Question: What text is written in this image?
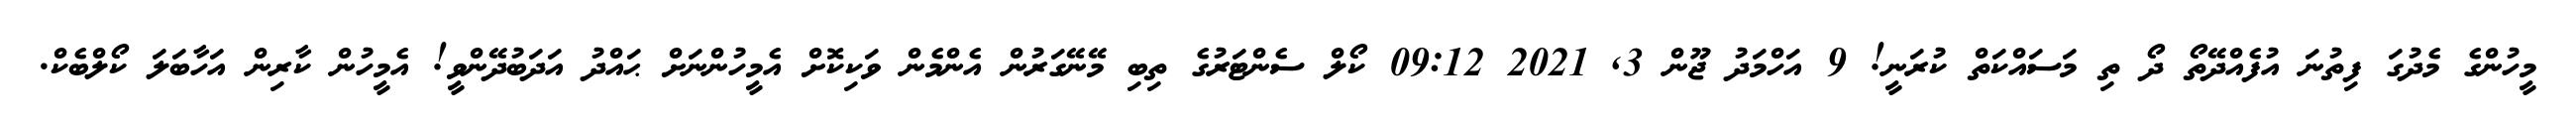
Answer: މީހުންގެ މެދުގަ ފިތުނަ އުފެއްދޭތޯ ދޯ ތި މަސައްކަތް ކުރަނީ! 9 އަހްމަދު ޖޫން 3, 2021 09:12 ކޯލް ސެންޓަރުގެ ތިބި މޭނޭގަރުން އެންމެން ވަކިކޮށް އެމީހުންނަށް ޙައްދު އަދަބުދޭންވީ! އެމީހުން ކާރިން އަހާބަލަ ކޯލްބެކް.